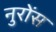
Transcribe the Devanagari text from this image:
नुरोंस